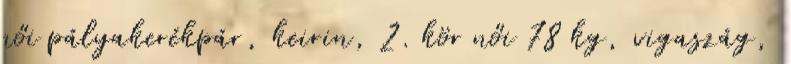
női pályakerékpár, keirin, 2. kör női 78 kg, vigaszág,